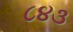
૮૪૩